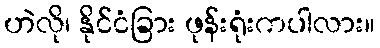
ဟဲလို၊ နိုင်ငံခြား ဖုန်းရုံးကပါလား။